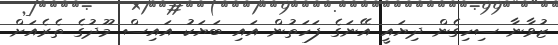
ޒުވާނާ ސިހިގެން ދިޔައީ އޭނަގެ ފަހަތުން އައި ބަޔަކު އައިސް މޫދުގެ ތެރެއަށް